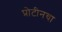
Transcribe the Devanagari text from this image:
प्रोटीनचा